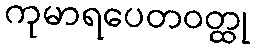
ကုမာရပေတဝတ္ထု